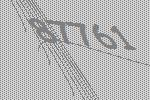
87761